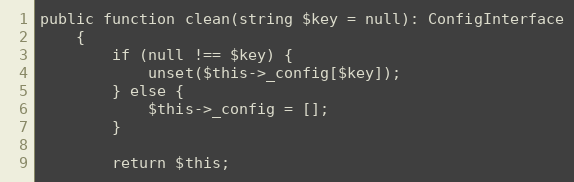
Language: PHP
public function clean(string $key = null): ConfigInterface
    {
        if (null !== $key) {
            unset($this->_config[$key]);
        } else {
            $this->_config = [];
        }

        return $this;